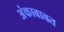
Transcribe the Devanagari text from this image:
अंकाबाबत